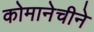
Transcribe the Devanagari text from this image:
कोमानेचीने